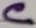
Text: C